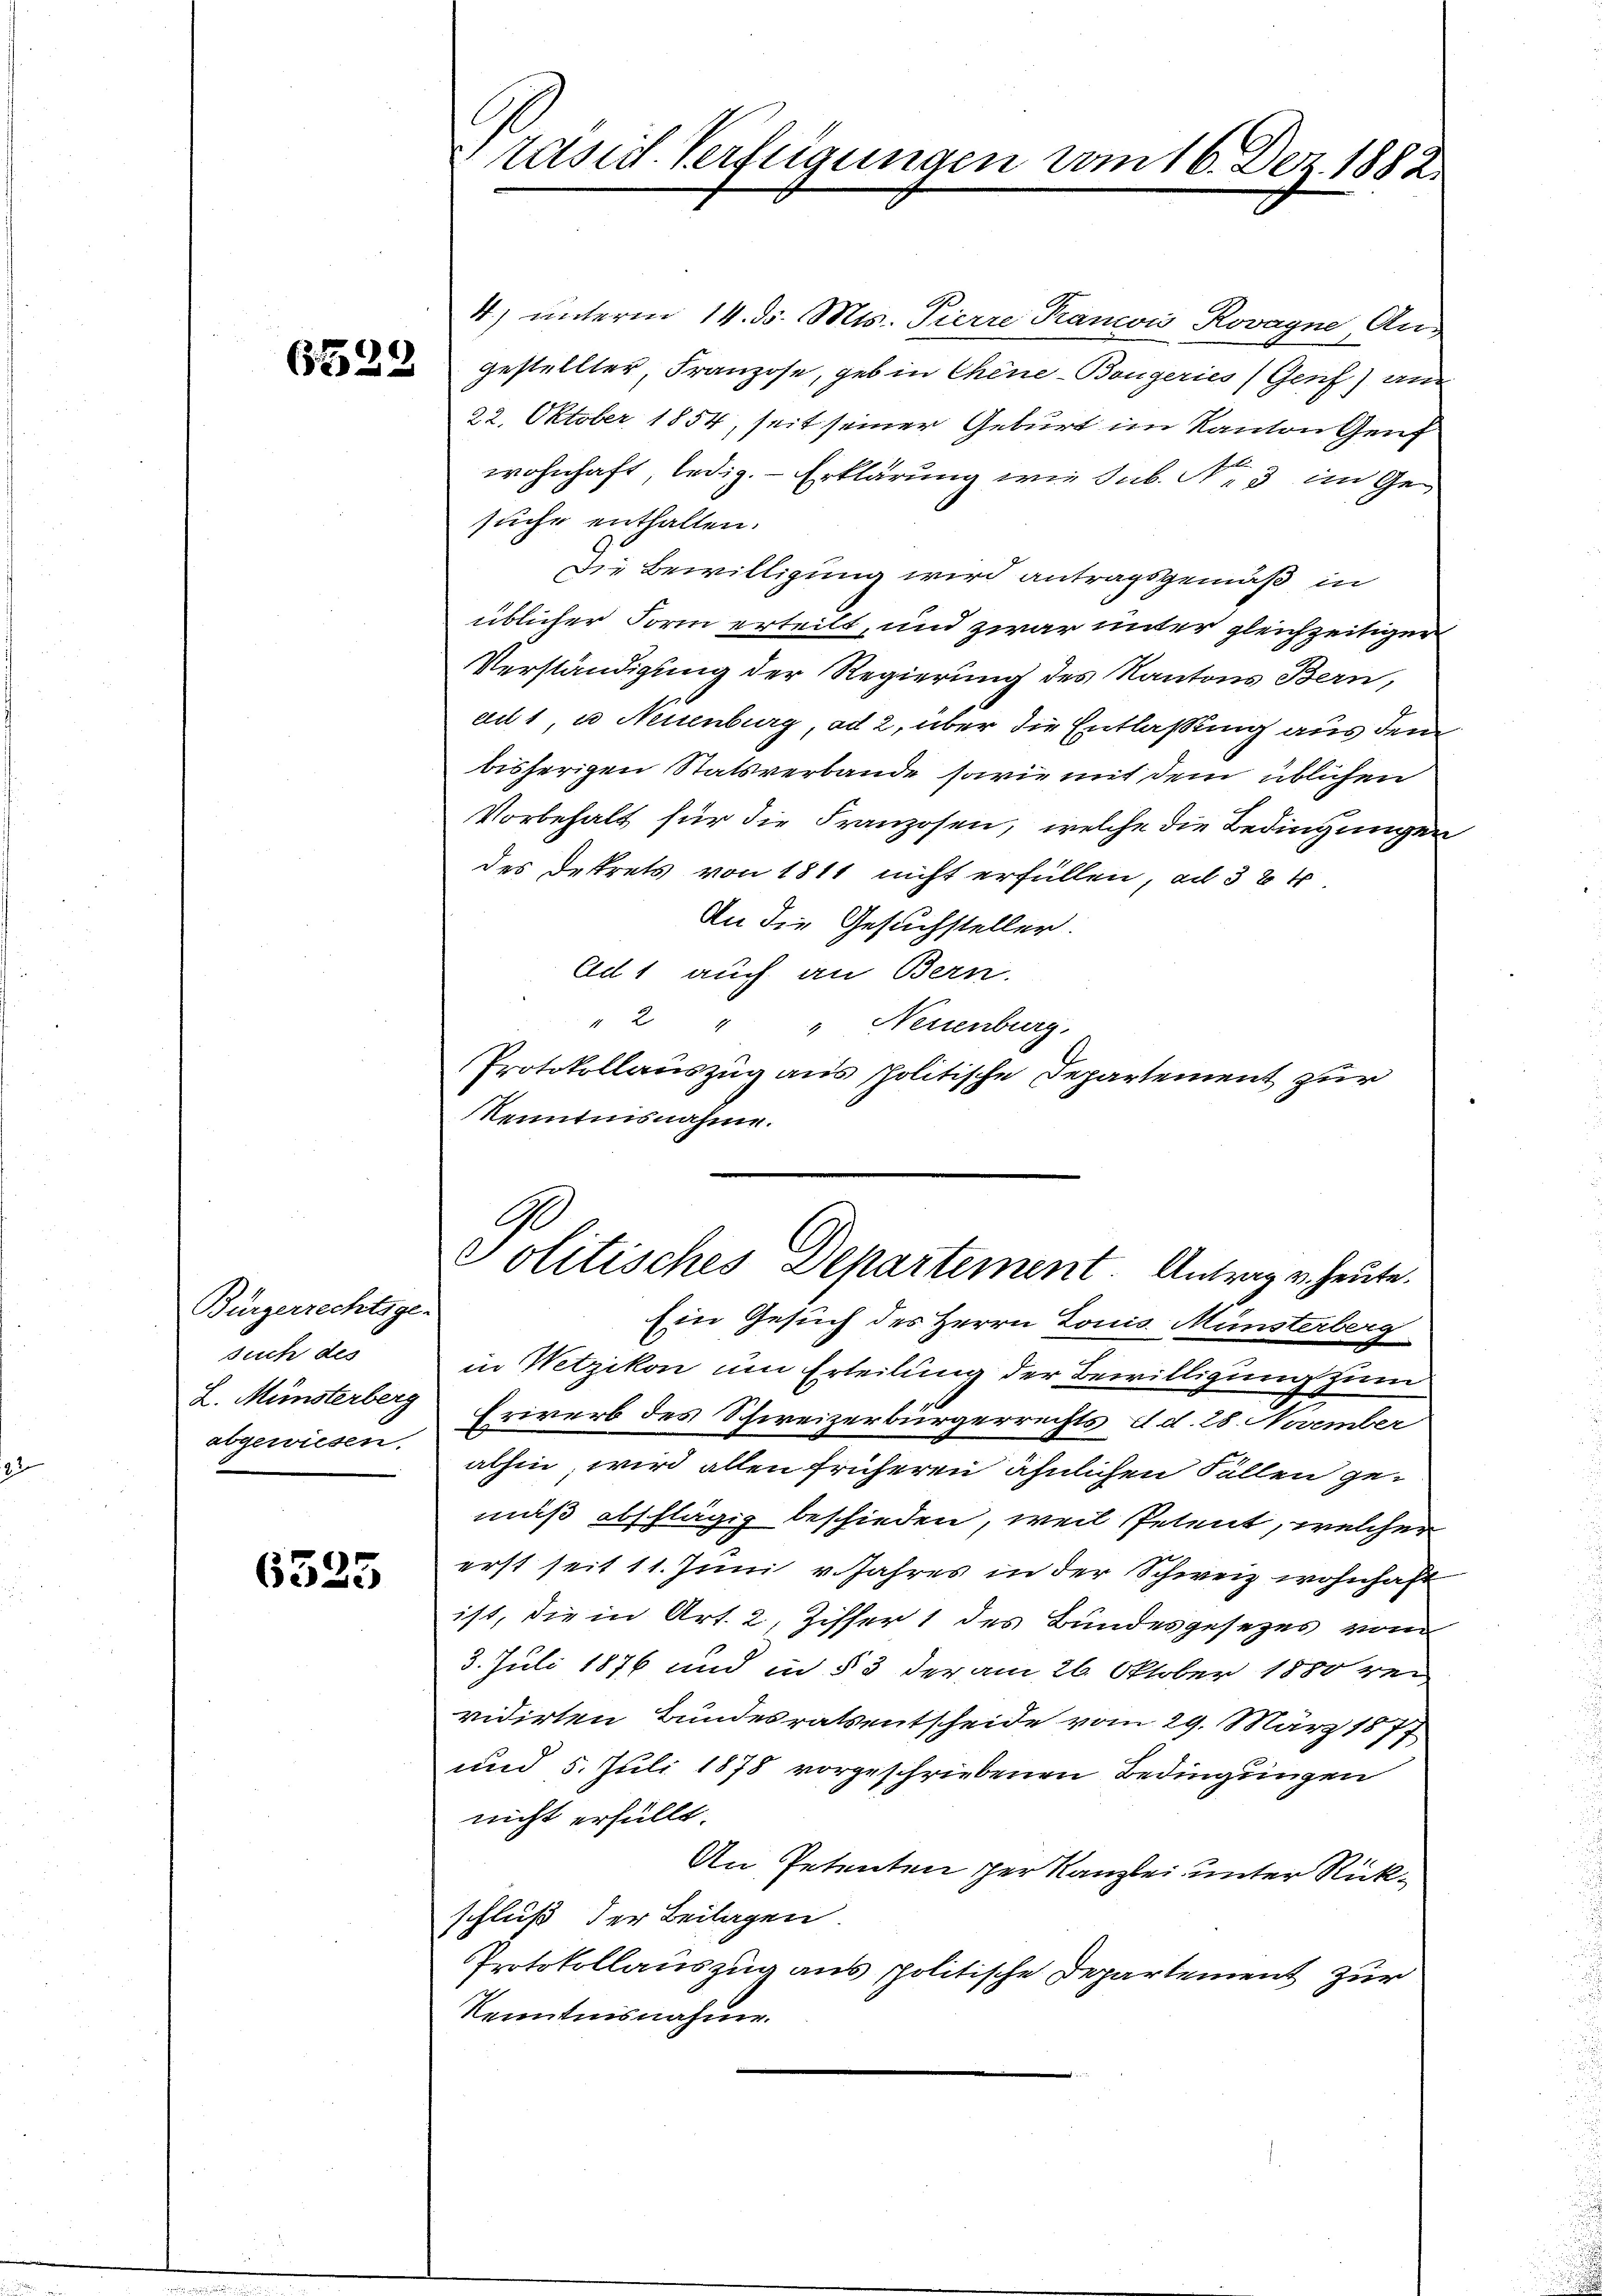
Bürgerrechtsge-
such des
L. Münsterberg
abgewiesen.

6535

räsid. Verfügungen vom 16. Dez. 1882.

4.) unterm 14. d. Mts. Pierre Panois Rovagne, An-
 gestellter, Franzose, geb in Chine-Bangeries (Genf) an
22. Oktober 1854, seit seiner Geburt im Kanton Genf
wohnhaft, ledig. — Erklärung wie sub. N. 3 im Gesuche enthalten.
Die Bewilligung wird antragsgemäß in
üblicher Form erteilt, und zwar unter gleichzeitiger
Verständigung der Regierung des Kantons Bern,
eu 1, u Neuenburg, ad 2, über die Entlassung aus dem
bisherigen Statsverbande sowie mit dem üblichen
Vorbehalt für die Franzosen, welche die Bedingungen
des Dekrets von 1811 nicht erfüllen, ad 384.
An die Gesuchsteller.
Ad 1 auch an Bern.
" 2 " " Neuenburg,
Protokollauszug aus politische Departement zur
Renntnisnahme.

G.
Politisches Departement. Antrag u. heute.

Ein Gesuch des Herrn Louis Münsterberg
in Wetzikon um Erteilung der Bewilligung zum
Erirerb des Schweizerbürgerrechts d. d. 28. November
alhin, wird allen früheren ähnlichen Fällen gemäß abschlägig beschieden, weil Petent, welcher
erst seit 11. Juni v. Jahres in der Schweiz wohnhaft
ist, die in Art. 2, Ziffer 1 des Bundesgesezes vom
3. Juli 1876 und in § 3 der am 26. Oktober 1850 ei
vidirten Bundesrats entscheide vom 29. März 1877
und 5. Juli 1878 vorgeschriebenen Bedingungen
nicht erfüllt.
An Petenten der Kanzlei unter Rückschluß der Beilagen.
Protokollauszug aus politische Departement zur
Kenntnisnahme.